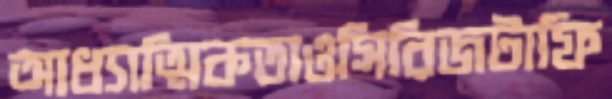
আধ্যাত্মিকতাওসিরিজটাফি